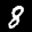
Label: 8